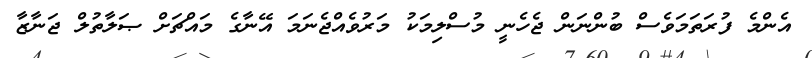
އެންމެ ފުރަތަމަވެސް ބުންނަން ޖެހެނީ މުސްލިމަކު މަރުވެއްޖެނަމަ އޭނާގެ މައްޗަށް ޞަލާތުލް ޖަނާޒާ